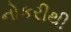
નોકરીથી